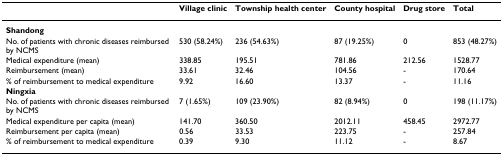
<table><thead><tr><td></td><td><b>Village clinic</b></td><td><b>Township health center</b></td><td><b>County hospital</b></td><td><b>Drug store</b></td><td><b>Total</b></td></tr></thead><tbody><tr><td><b>Shandong</b></td><td></td><td></td><td></td><td></td><td></td></tr><tr><td>No. of patients with chronic diseases reimbursed by NCMS</td><td>530 (58.24%)</td><td>236 (54.63%)</td><td>87 (19.25%)</td><td>0</td><td>853 (48.27%)</td></tr><tr><td>Medical expenditure (mean)</td><td>338.85</td><td>195.51</td><td>781.86</td><td>212.56</td><td>1528.77</td></tr><tr><td>Reimbursement (mean)</td><td>33.61</td><td>32.46</td><td>104.56</td><td>-</td><td>170.64</td></tr><tr><td>% of reimbursement to medical expenditure</td><td>9.92</td><td>16.60</td><td>13.37</td><td>-</td><td>11.16</td></tr><tr><td><b>Ningxia</b></td><td></td><td></td><td></td><td></td><td></td></tr><tr><td>No. of patients with chronic diseases reimbursed by NCMS</td><td>7 (1.65%)</td><td>109 (23.90%)</td><td>82 (8.94%)</td><td>0</td><td>198 (11.17%)</td></tr><tr><td>Medical expenditure per capita (mean)</td><td>141.70</td><td>360.50</td><td>2012.11</td><td>458.45</td><td>2972.77</td></tr><tr><td>Reimbursement per capita (mean)</td><td>0.56</td><td>33.53</td><td>223.75</td><td>-</td><td>257.84</td></tr><tr><td>% of reimbursement to medical expenditure</td><td>0.39</td><td>9.30</td><td>11.12</td><td>-</td><td>8.67</td></tr></tbody></table>